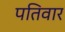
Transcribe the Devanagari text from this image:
पतिवार